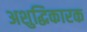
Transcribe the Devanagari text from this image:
अशुद्धिकारक